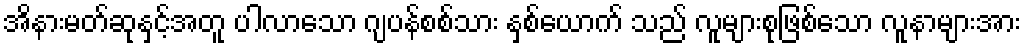
အိနားမတ်ဆုနှင့်အတူ ပါလာသော ဂျပန်စစ်သား နှစ်ယောက် သည် လူများစုဖြစ်သော လူနာများအား